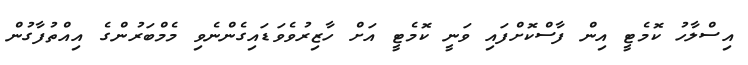
އިސްލާހު ކޮމެޓީ އިން ފާސްކޮށްފައި ވަނީ ކޮމެޓީ އަށް ހާޒިރުވެވަޑައިގެންނެވި މެމްބަރުންގެ އިއްތުފާގުން